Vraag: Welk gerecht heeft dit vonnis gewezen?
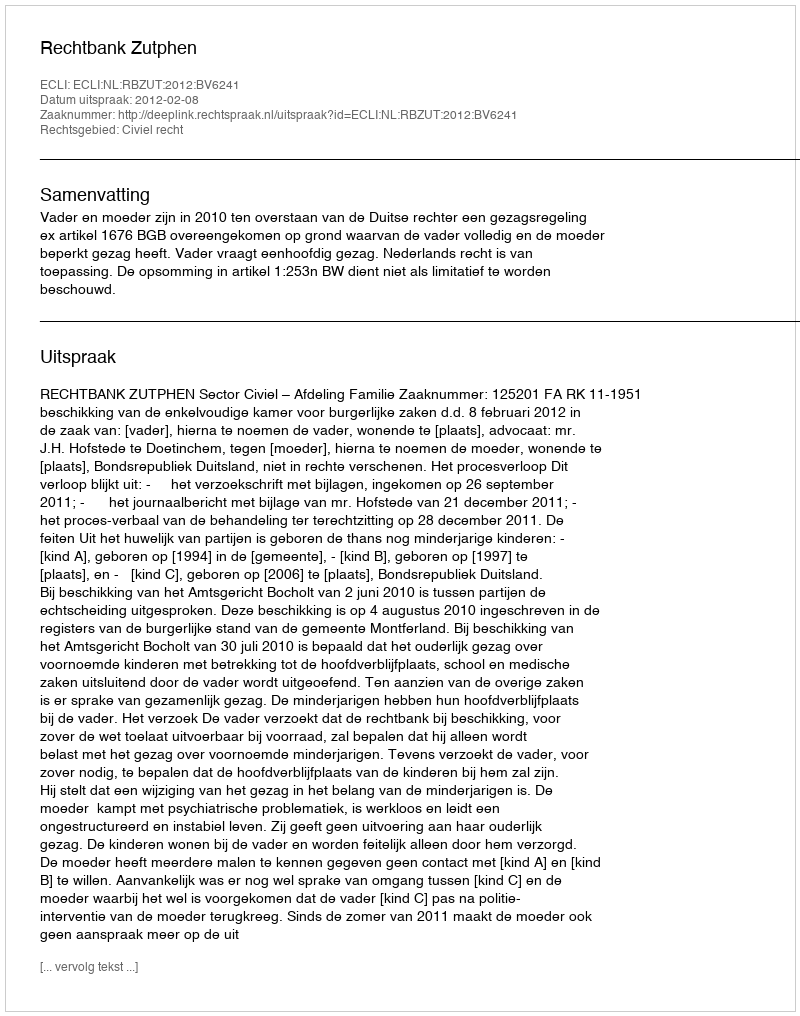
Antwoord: Rechtbank Zutphen